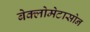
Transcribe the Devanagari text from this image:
बेक्लोमेटासोन